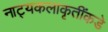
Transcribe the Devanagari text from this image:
नाट्यकलाकृतींकडे